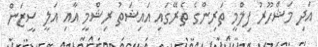
އަދި މަޝްހޫރު ފިލްމީ ތަރިންގެ ތެރޭގައި އައިޝަތު ރިޝްމީ އާއި އަލީ ސީޒަން